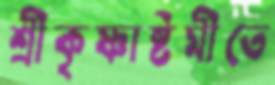
শ্রীকৃষ্ণাষ্টমীতে